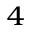
^ 4